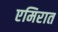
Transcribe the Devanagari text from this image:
एमिरात